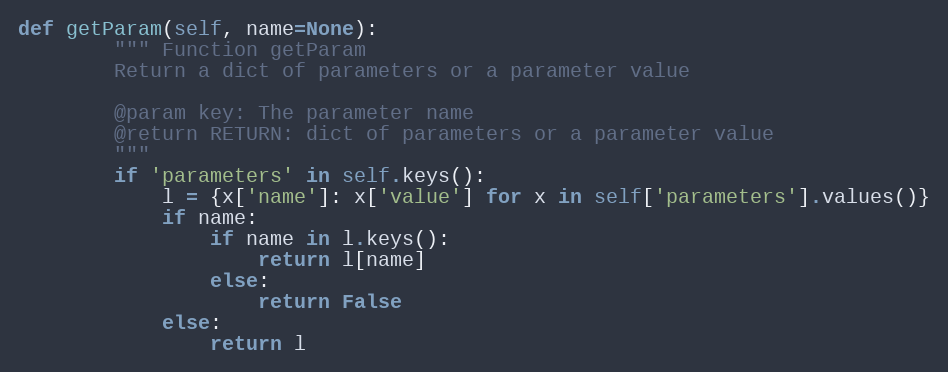
Language: Python
def getParam(self, name=None):
        """ Function getParam
        Return a dict of parameters or a parameter value

        @param key: The parameter name
        @return RETURN: dict of parameters or a parameter value
        """
        if 'parameters' in self.keys():
            l = {x['name']: x['value'] for x in self['parameters'].values()}
            if name:
                if name in l.keys():
                    return l[name]
                else:
                    return False
            else:
                return l